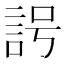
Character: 𧦢